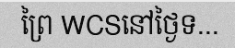
ព្រៃ WCSនៅថ្ងៃទ...